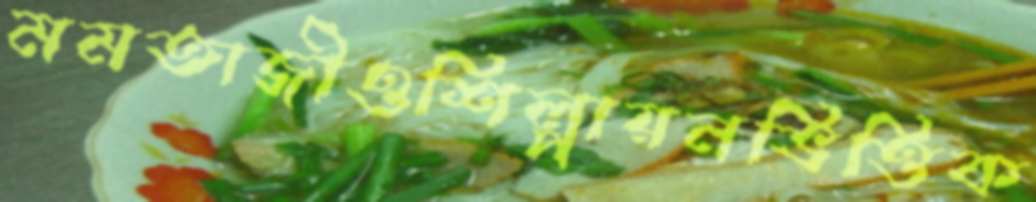
মমতাজীওশিল্পায়নভিত্তিক